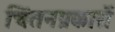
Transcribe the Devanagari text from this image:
चिंतनप्रकारों